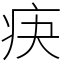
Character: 疦